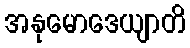
အနုမောဒေယျာတိ